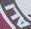
ALI